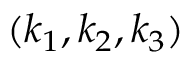
( k _ { 1 } , k _ { 2 } , k _ { 3 } )